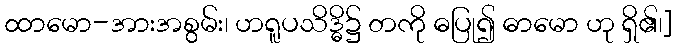
ထာမော-အားအစွမ်း၊ ဟရူပသိဒ္ဓိ၌ တကို ဓပြု၍ ဓာမော ဟု ရှိ၏၊]